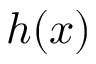
h ( x )